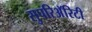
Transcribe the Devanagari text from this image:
सुपरिअॅरिटी